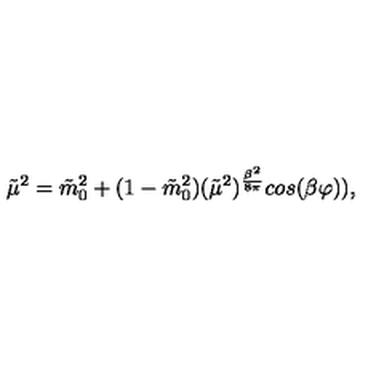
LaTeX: \tilde { \mu } ^ { 2 } = \tilde { m } _ { 0 } ^ { 2 } + ( 1 - \tilde { m } _ { 0 } ^ { 2 } ) ( \tilde { \mu } ^ { 2 } ) ^ { { \frac { \beta ^ { 2 } } { 8 \pi } } } c o s ( \beta \varphi ) ) ,